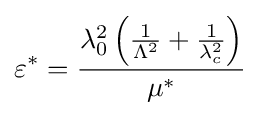
\varepsilon ^{*}={\frac {\lambda _{0}^{2}\left({\frac {1}{\Lambda ^{2}}}+{\frac {1}{\lambda _{c}^{2}}}\right)}{\mu ^{*}}}